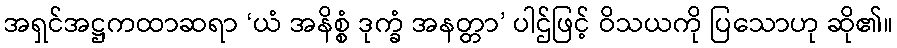
အရှင်အဋ္ဌကထာဆရာ ‘ယံ အနိစ္စံ ဒုက္ခံ အနတ္တာ’ ပါဌ်ဖြင့် ဝိသယကို ပြသောဟု ဆို၏။